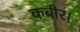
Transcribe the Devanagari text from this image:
कबीर।